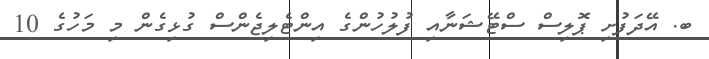
ބ. އޭދަފުށި ޕޮލިސް ސްޓޭޝަނާއި ފުލުހުންގެ އިންޓެލިޖެންސް ގުޅިގެން މި މަހުގެ 10